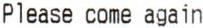
PLEASE COME AGAIN